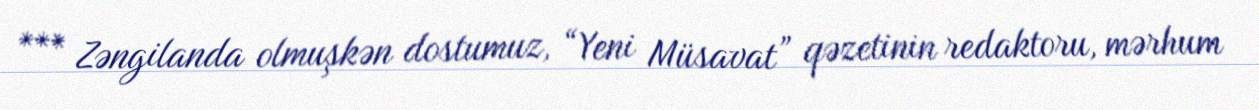
*** Zəngilanda olmuşkən dostumuz, “Yeni Müsavat” qəzetinin redaktoru, mərhum